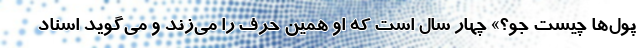
پول‌ها چیست جو؟» چهار سال است که او همین حرف را می‌زند و می‌گوید اسناد